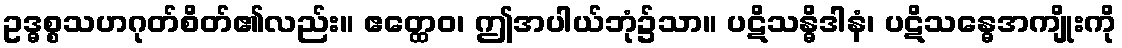
ဥဒ္ဓစ္စသဟဂုတ်စိတ်၏လည်း။ ဧတ္ထေဝ၊ ဤအပါယ်ဘုံ၌သာ။ ပဋိသန္ဓိဒါနံ၊ ပဋိသန္ဓေအကျိုးကို